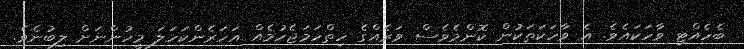
ބެހެއްޓި ވާހަކައެވެ. އެ ވާހަކަތަކުން ކޮންމެވެސް ވަރެއްގެ ހިތްހަމަޖެހުމެއް އަހަރެންކަހަލަ މީހުންނަށް ލިބުނެވެ.